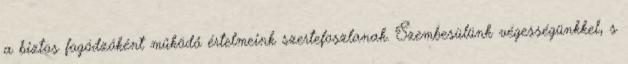
a biztos fogódzóként működő értelmeink szertefoszlanak. Szembesülünk végességünkkel, s